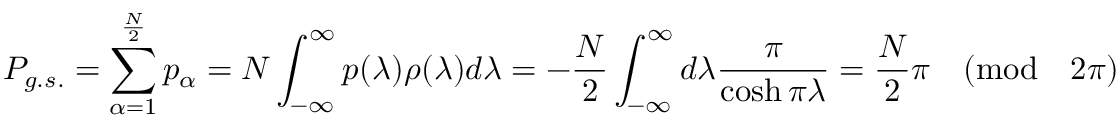
P _ { g . s . } = \sum _ { \alpha = 1 } ^ { \frac { N } { 2 } } p _ { \alpha } = N \int _ { - \infty } ^ { \infty } p ( \lambda ) \rho ( \lambda ) d \lambda = - \frac { N } { 2 } \int _ { - \infty } ^ { \infty } d \lambda \frac { \pi } { \cosh \pi \lambda } = \frac { N } { 2 } \pi \quad ( \mathrm { m o d } \quad 2 \pi ) \quad .